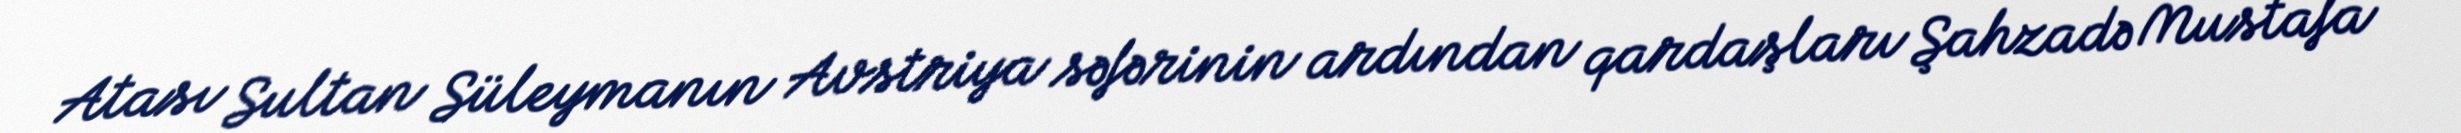
Atası Sultan Süleymanın Avstriya səfərinin ardından qardaşları Şahzadə Mustafa